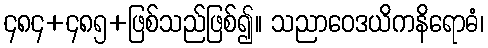
၄၈၄+၄၈၅+ဖြစ်သည်ဖြစ်၍။ သညာဝေဒယိကနိရောဓံ၊